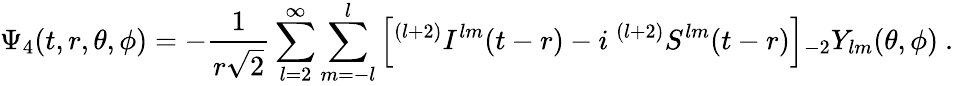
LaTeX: \Psi_{4}(t,r,\theta,\phi)=-{\frac{1}{r{\sqrt{2}}}}\sum_{l=2}^{\infty}\sum_{m=-l}^{l}\left[{}^{(l+2)}I^{lm}(t-r)-i\ {}^{(l+2)}S^{lm}(t-r)\right]{}_{-2}Y_{lm}(\theta,\phi)\ .